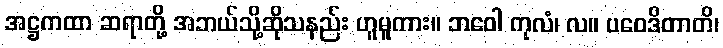
အဋ္ဌကထာ ဆရာတို့ အဘယ်သို့ဆိုသနည်း ဟူမူကား။ ဘဝေါ ကုလံ၊ လ။ ပဝေဒိတာတိ၊